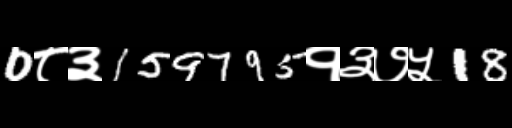
Text: 0८३159795१३७५18